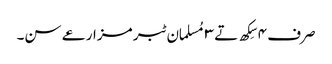
صرف ٤ سِکھ تے ٣ مُسلمان ٹبر مزارعے سن۔